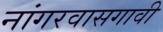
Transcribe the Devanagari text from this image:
नांगरवासगावी